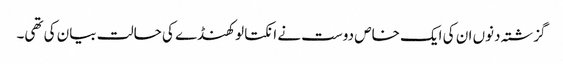
گزشتہ دنوں ان کی ایک خاص دوست نے انکتا لوکھنڈے کی حالت بیان کی تھی۔